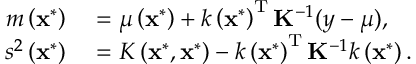
\begin{array} { r l } { m \left( \mathbf { x } ^ { * } \right) } & { { } = \mu \left( \mathbf { x } ^ { * } \right) + k \left( \mathbf { x } ^ { * } \right) ^ { \mathrm { T } } \mathbf { K } ^ { - 1 } ( \boldsymbol { y } - \boldsymbol { \mu } ) , } \\ { s ^ { 2 } \left( \mathbf { x } ^ { * } \right) } & { { } = K \left( \mathbf { x } ^ { * } , \mathbf { x } ^ { * } \right) - k \left( \mathbf { x } ^ { * } \right) ^ { \mathrm { T } } \mathbf { K } ^ { - 1 } k \left( \mathbf { x } ^ { * } \right) . } \end{array}